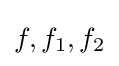
f,f_{1},f_{2}